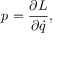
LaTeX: p = { \frac { \partial L } { \partial { \dot { q } } } } ,